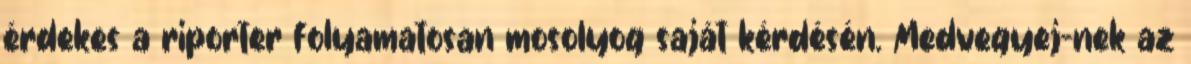
érdekes a riporter folyamatosan mosolyog saját kérdésén. Medvegyej-nek az